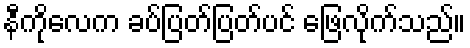
နီကိုလေက ခပ်ပြတ်ပြတ်ပင် ဖြေလိုက်သည်။